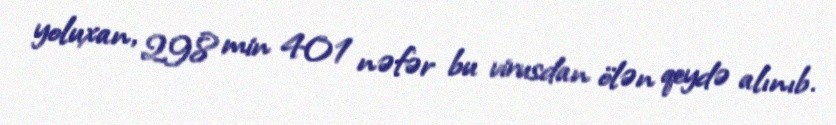
yoluxan, 298 min 401 nəfər bu virusdan ölən qeydə alınıb.